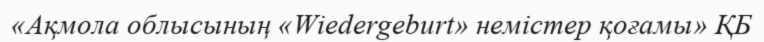
«Ақмола облысының «Wiedergeburt» немістер қоғамы» ҚБ